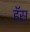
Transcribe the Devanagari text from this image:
हॅस